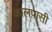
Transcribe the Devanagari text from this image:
कालपासी